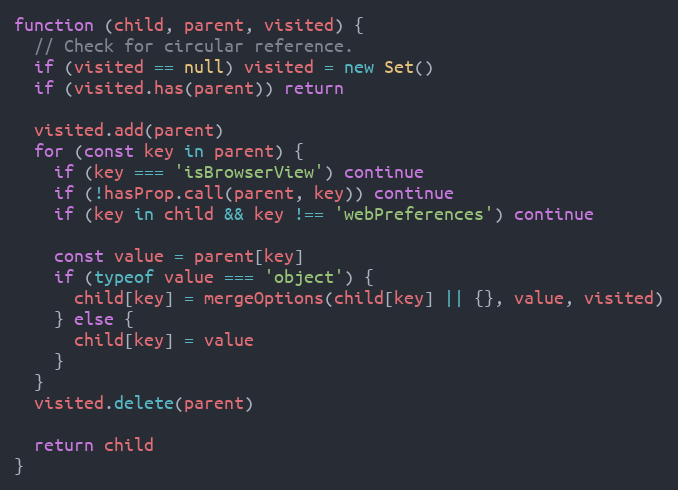
Language: JavaScript
function (child, parent, visited) {
  // Check for circular reference.
  if (visited == null) visited = new Set()
  if (visited.has(parent)) return

  visited.add(parent)
  for (const key in parent) {
    if (key === 'isBrowserView') continue
    if (!hasProp.call(parent, key)) continue
    if (key in child && key !== 'webPreferences') continue

    const value = parent[key]
    if (typeof value === 'object') {
      child[key] = mergeOptions(child[key] || {}, value, visited)
    } else {
      child[key] = value
    }
  }
  visited.delete(parent)

  return child
}